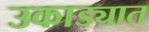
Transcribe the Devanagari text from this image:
उकाड्यात